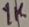
Text: 1K